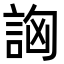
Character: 詾